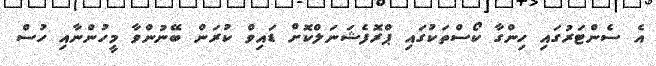
އެ ސެންޓަރުގައި ހިންގާ ކޯސްތަކުގައި ޕްރޮފެޝަނަލްކޮށް ޑައިވް ކުރަން ބޭނުންވާ މީހުންނާއި ހުސް